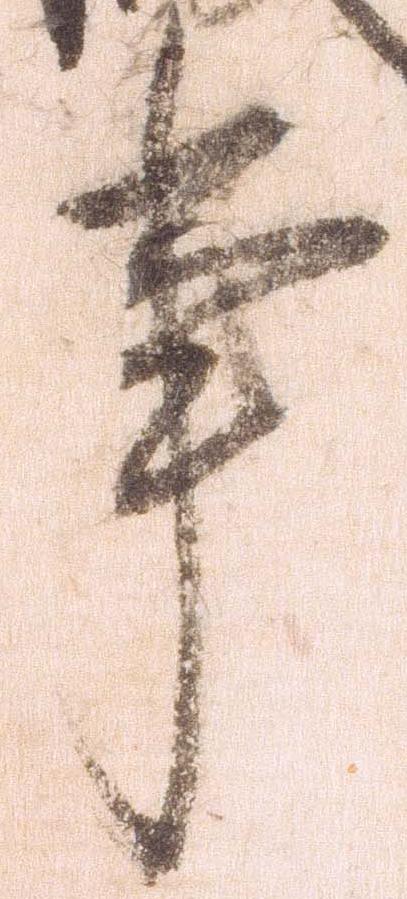
事